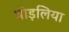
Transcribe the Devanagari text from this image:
घोड़लिया